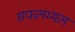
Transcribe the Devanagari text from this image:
सफलम्मल